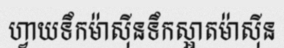
ហ្វាយទឹកម៉ាស៊ីនទឹកស្អាតម៉ាស៊ីន